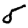
Digit: 5